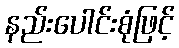
နည်းပေါင်းစုံဖြင့်